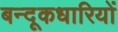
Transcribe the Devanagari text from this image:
बन्दूकधारियों